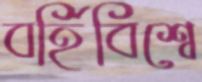
বর্হিবিশ্বে